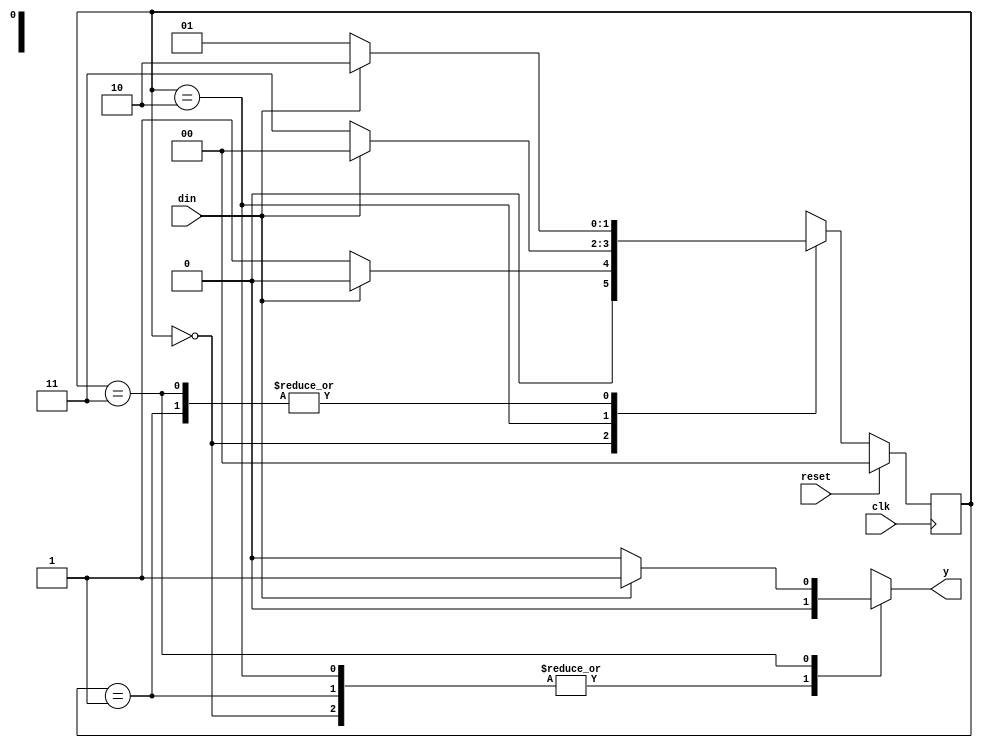
`timescale 1ns / 1ps
//////////////////////////////////////////////////////////////////////////////////
// Company: 
// Engineer: 
// 
// Design Name: 
// Module Name:    mealy_fsm 
// Project Name: 
// Target Devices: 
// Tool versions: 
// Description: 
//
// Dependencies: 
//
// Revision: 
// Revision 0.01 - File Created
// Additional Comments: 
//
//////////////////////////////////////////////////////////////////////////////////
module mealy_fsm(din, reset, clk, y);
    input din, reset, clk;
    output reg y;
    reg [1:0] cst, nst;
    parameter s0 = 2'b00, s1 = 2'b01, s2 = 2'b10, s3 = 2'b11;

    always @(cst or din)
    begin
        case (cst)
            s0:
                if (din == 1'b1)
                begin
                    nst = s0;
                    y = 1'b0;
                end
                else
                begin
                    nst = s1;
                    y = 1'b0;
                end

            s1:
                if (din == 1'b1)
                begin
                    nst = s2;
                    y = 1'b0;
                end
                else
                begin
                    nst = s1;
                    y = 1'b0;
                end

            s2:
                if (din == 1'b1)
                begin
                    nst = s0;
                    y = 1'b0;
                end
                else
                begin
                    nst = s3;
                    y = 1'b0;
                end

            s3:
                if (din == 1'b1)
                begin
                    nst = s2;
                    y = 1'b1;
                end
                else
                begin
                    nst = s1;
                    y = 1'b0;
                end

            default:
                nst = s0;
        endcase
    end

    always @(posedge clk)
    begin
        if (reset)
            cst <= s0;
        else
            cst <= nst;
    end
endmodule